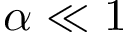
\alpha \ll 1